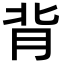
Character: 背